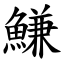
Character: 鰜